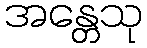
အန္တေသု